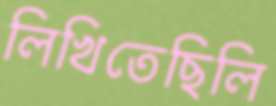
লিখিতেছিলি